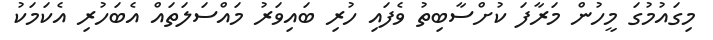
މިގައުމުގަ މީހުން މަރާފަ ކުށްސާބިތު ވެފައި ހުރި ބައިވަރު މައްސަލަތައް އެބަހުރި އެކަމަކު